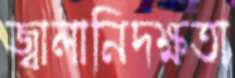
জ্বালানিদক্ষতা